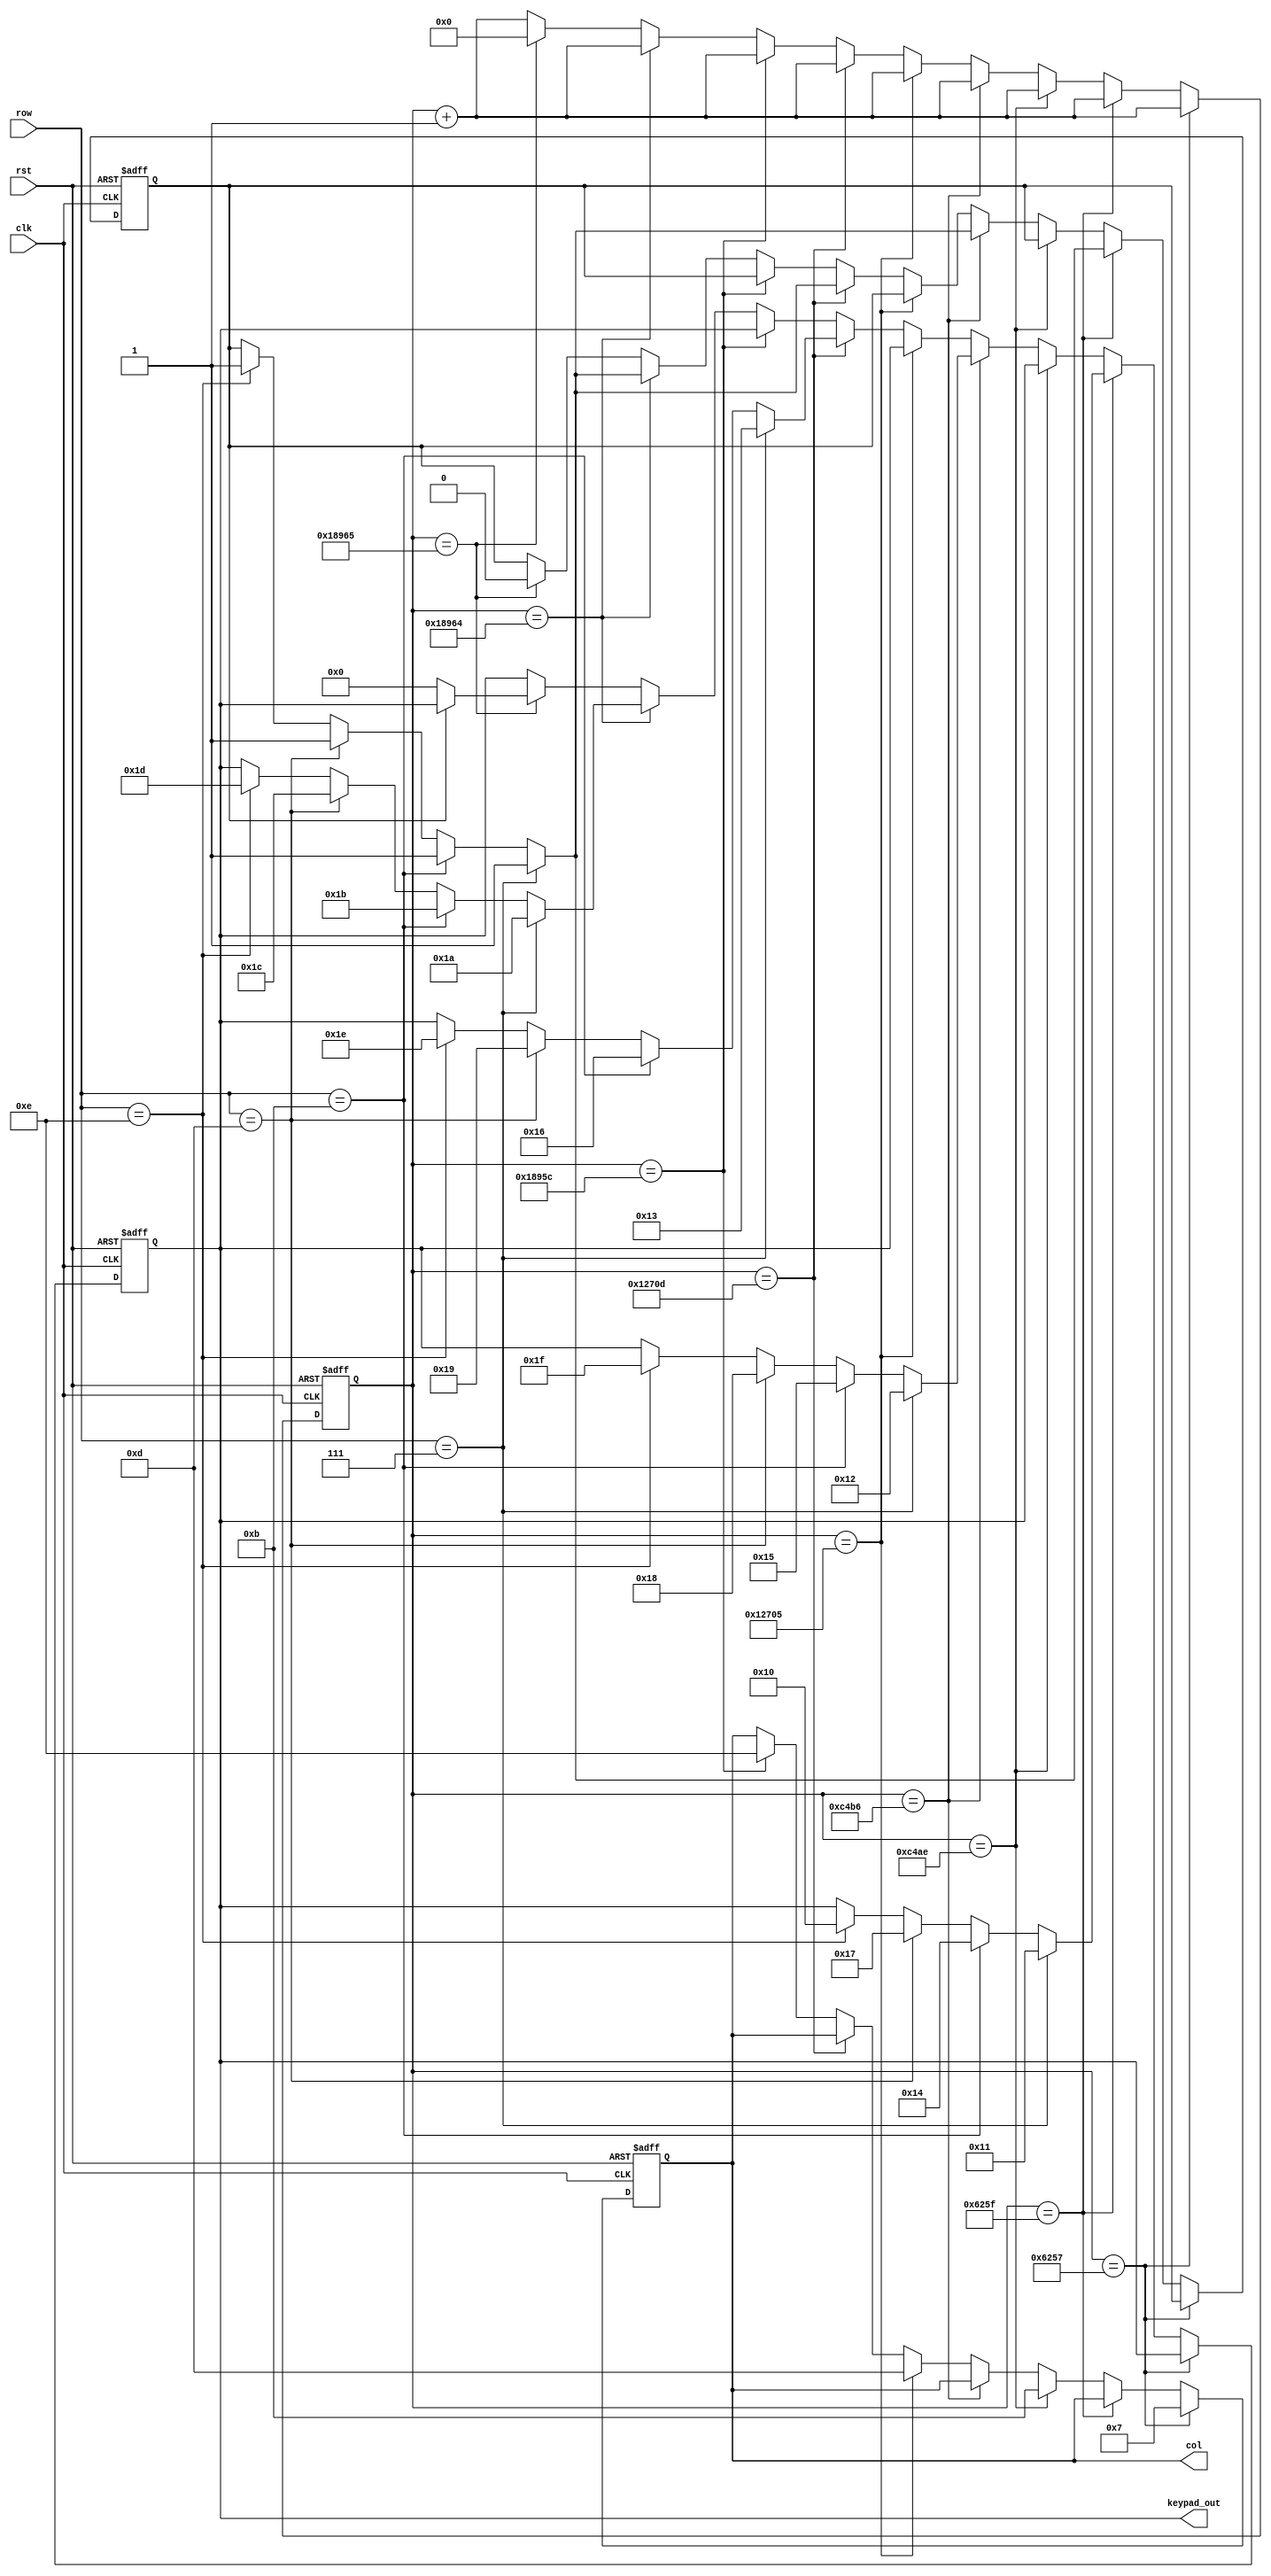
module keypad (clk, rst, row, col, keypad_out); 
    input clk, rst; 
    input [3:0] row; 
    output reg [3:0] col; 
    output reg [4:0] keypad_out; 

    reg [31:0] sclk; 
    reg pressed;
    
    parameter CLK_KHZ = 25175; 

    always @(posedge clk, posedge rst) begin
        if (rst) begin
		      sclk <= 0; 
		      col <= 0; 
		      keypad_out <= 0;
		      pressed <= 0;
		end  
		else begin
			// 1ms
			if (sclk == CLK_KHZ) begin    // 1ms
				col <= 4'b0111;	//C1
				sclk <= sclk+1;
		    end
			// check row pins
			else if (sclk == CLK_KHZ+8) begin	 // 1ms + 8clk
				if (row == 4'b0111) begin //R1
					keypad_out <= 5'b10001;	//1
                    pressed <= 1; 
				end 
				else if (row == 4'b1011) begin //R2
					keypad_out <= 5'b10100; //4
                    pressed <= 1;				
                end	
				else if (row == 4'b1101) begin //R3
					keypad_out <= 5'b10111; //7
                    pressed <= 1;					
				end
				else if (row == 4'b1110) begin //R4
					keypad_out <= 5'b10000; //0
                    pressed <= 1;					
				end
				sclk <= sclk+1;
		    end 
			else if (sclk == CLK_KHZ*2) begin	 // 2ms
				col<= 4'b1011; //C2
				sclk <= sclk+1;
			end
			// check row pins
			else if (sclk == CLK_KHZ*2+8) begin	 // 2ms + 8clk
				if (row == 4'b0111) begin //R1		
					keypad_out <= 5'b10010; //2
                    pressed <= 1;
                end					
				else if (row == 4'b1011) begin //R2
					keypad_out <= 5'b10101; //5
                    pressed <= 1;					
				end
				else if (row == 4'b1101) begin //R3
					keypad_out <= 5'b11000; //8
                    pressed <= 1;					
				end
				else if (row == 4'b1110) begin //R4
					keypad_out <= 5'b11111; //F
                    pressed <= 1;					
				end
				sclk <= sclk+1;
		    end	
			else if (sclk == CLK_KHZ*3) begin // 3ms
				col <= 4'b1101; //C3
				sclk <= sclk+1;
		    end
			// check row pins
			else if (sclk == CLK_KHZ*3+8) begin // 3ms + 8clk
				if (row == 4'b0111) begin //R1
					keypad_out <= 5'b10011; //3
                    pressed <= 1;
                end					
				else if (row == 4'b1011) begin //R2
					keypad_out <= 5'b10110; //6
                    pressed <= 1;
                end					
				else if (row == 4'b1101) begin //R3
					keypad_out <= 5'b11001; //9
                    pressed <= 1;
                end					
				else if (row == 4'b1110) begin //R4
					keypad_out <= 5'b11110; //E
                    pressed <= 1;
                end					
				sclk <= sclk+1;
		    end
			else if (sclk == CLK_KHZ*4) begin // 4ms
				col <= 4'b1110; //C4
				sclk <= sclk+1;
		    end
			// check row pins
			else if (sclk == CLK_KHZ*4+8) begin  // 4ms + 8clk
				if (row == 4'b0111) begin //R1
					keypad_out <= 5'b11010; //A
                    pressed <= 1;
                end					
				else if (row == 4'b1011) begin //R2
					keypad_out <= 5'b11011; //B
                    pressed <= 1;
                end					
				else if (row == 4'b1101) begin //R3
					keypad_out <= 5'b11100; //C
                    pressed <= 1;
                end					
				else if (row == 4'b1110) begin //R4
					keypad_out <= 5'b11101; //D
                    pressed <= 1;
                end					
				sclk <= sclk+1;
		    end
			else if (sclk == CLK_KHZ*4+9) begin  // 4ms + 9clk            
                if (pressed == 0) keypad_out <= 0;  
				pressed <= 0;
				sclk <= 0;
			end
			else
				sclk <= sclk+1;
         end
     end
endmodule